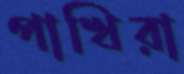
পাখিরা